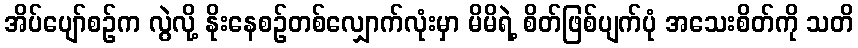
အိပ်ပျော်စဉ်က လွဲလို့ နိုးနေစဉ်တစ်လျှောက်လုံးမှာ မိမိရဲ့ စိတ်ဖြစ်ပျက်ပုံ အသေးစိတ်ကို သတိ